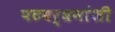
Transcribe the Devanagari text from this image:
पटवर्धनांशी